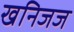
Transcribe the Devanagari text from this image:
खनिजज